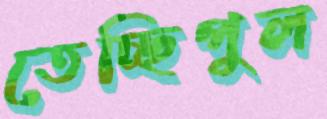
তেচ্ছিপুল